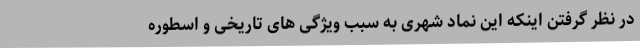
در نظر گرفتن اینکه این نماد شهری به سبب ویژگی های تاریخی و اسطوره